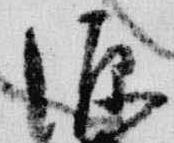
源